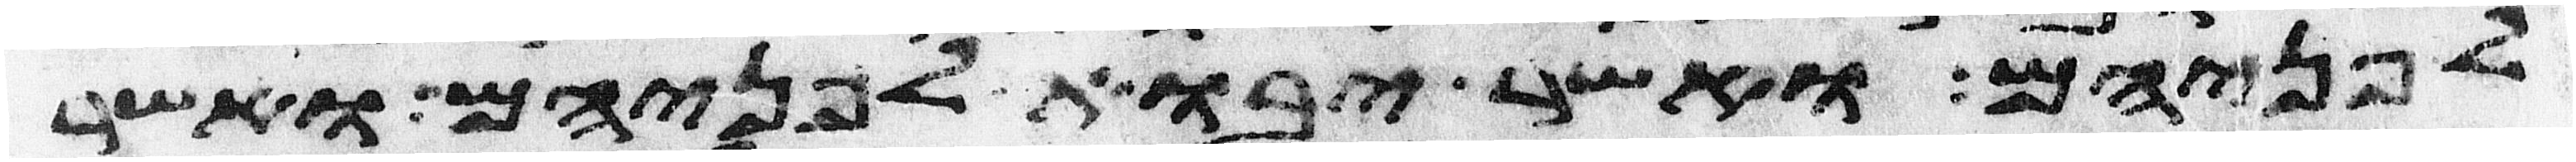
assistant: לפניהם ואשר יבוא לפניהם ואשר